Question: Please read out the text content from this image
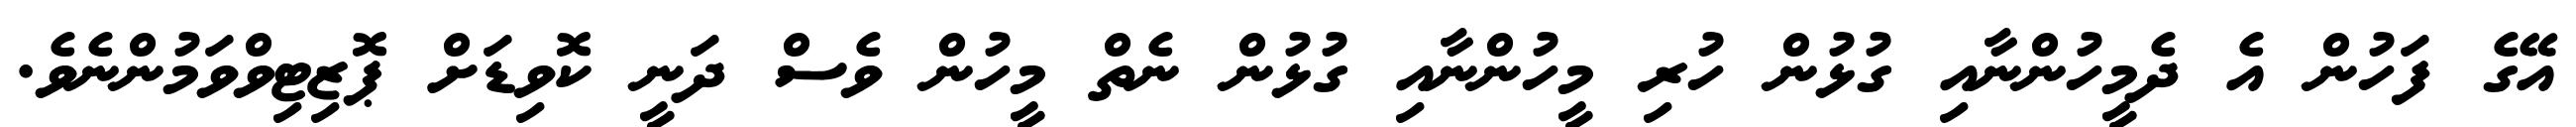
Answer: އޭގެ ފަހުން އެ ދެމީހުންނާއި ގުޅުން ހުރި މީހުންނާއި ގުޅުން ނެތް މީހުން ވެސް ދަނީ ކޮވިޑަށް ޕޮޒިޓިވްވަމުންނެވެ.